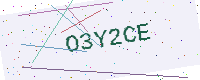
Text: O3Y2CE